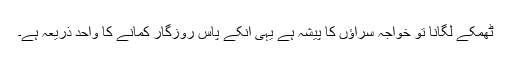
ٹھمکے لگانا تو خواجہ سراﺅں کا پیشہ ہے یہی انکے پاس روزگار کمانے کا واحد ذریعہ ہے۔